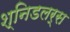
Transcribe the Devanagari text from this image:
श्निडलर्स